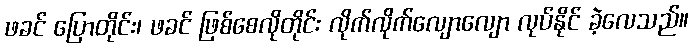
ဖခင် ပြောတိုင်း၊ ဖခင် ဖြစ်စေလိုတိုင်း လိုက်လိုက်လျောလျော လုပ်နိုင် ခဲ့လေသည်။